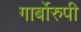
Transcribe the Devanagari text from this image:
गार्बोरुपी